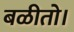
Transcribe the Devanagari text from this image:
बळीतो।